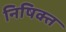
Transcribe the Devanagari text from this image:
निषिक्त